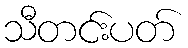
သီတင်းပတ်